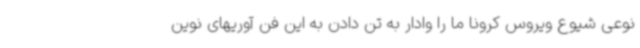
نوعی شیوع ویروس کرونا ما را وادار به تن دادن به این فن آوریهای نوین